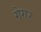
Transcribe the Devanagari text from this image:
गेगर